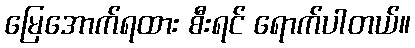
မြေအောက်ရထား စီးရင် ရောက်ပါတယ်။